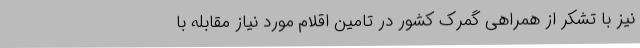
نیز با تشکر از همراهی گمرک کشور در تامین اقلام مورد نیاز مقابله با